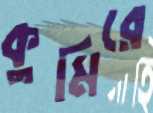
কুমিরে